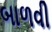
બાળવી